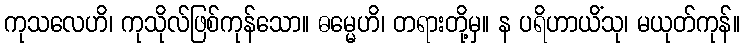
ကုသလေဟိ၊ ကုသိုလ်ဖြစ်ကုန်သော။ ဓမ္မေဟိ၊ တရားတို့မှ။ န ပရိဟာယိံသု၊ မယုတ်ကုန်။